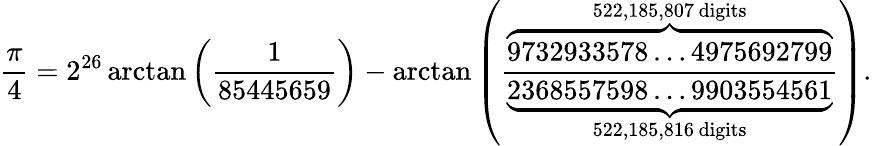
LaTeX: \frac{\pi}{4}=2^{26}\arctan\left(\frac{1}{85445659}\right)-\arctan\left(\frac{\overbrace{9732933578\ldots 4975692799}^{522,185,807\, \mathrm{digits}}}{\underbrace{2368557598\ldots 9903554561}_{522,185,816\, \mathrm{digits}}}\right).